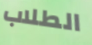
الطلاب